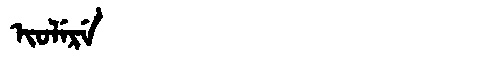
Manchu: ᡳᠣᠯᡝᡵᡝ
Romanization: IOLERE